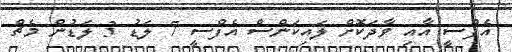
އެފްސީ އާއި ވާދަކޮށް ލައިކަންސް އެފްސީ 7 ލަޑު 3 ލަޑުން މެޗް